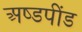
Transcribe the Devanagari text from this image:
अष्डपींड